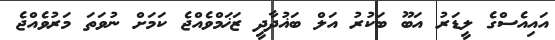
އައިއެސްގެ ލީޑަރު އަބޫ ބަކުރު އަލް ބަޣުދާދީ ޒަޚަމްވެއްޖެ ކަމަށް ނުވަތަ މަރުވެއްޖެ